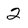
Character: 2